65_HS1-834228961_62-HQ-83894_Section_9
Agency: FBI
Page 183
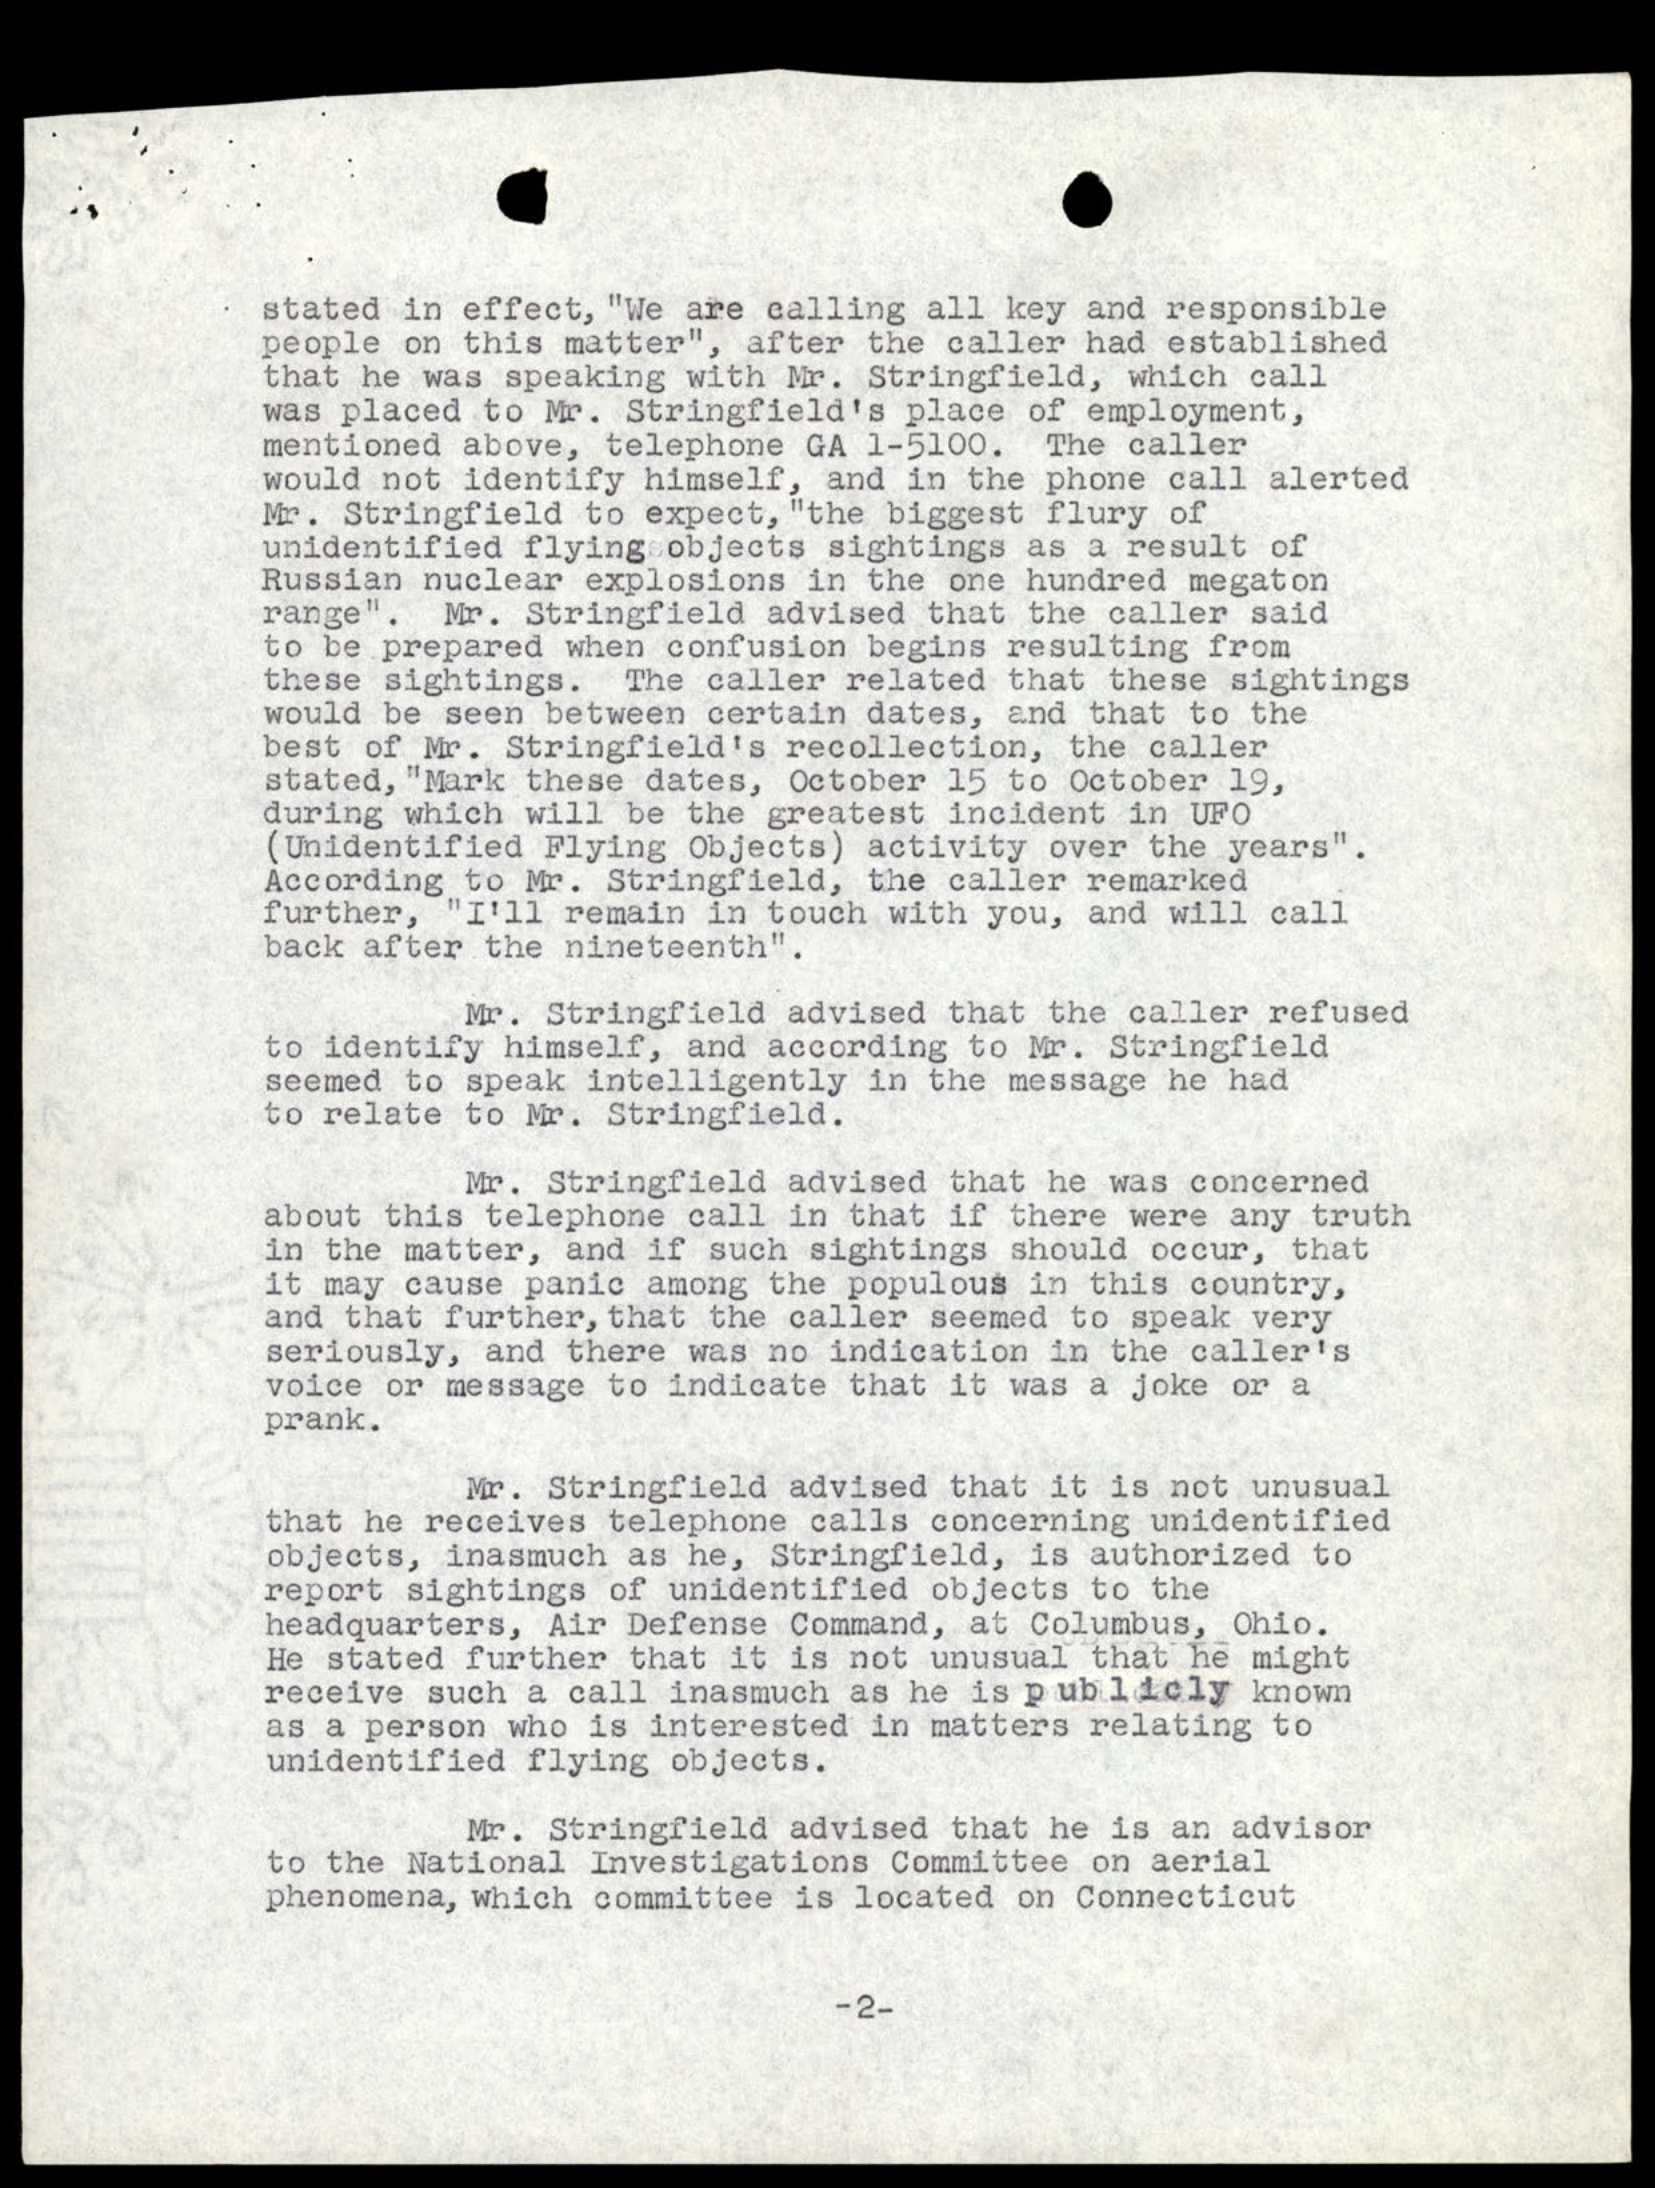